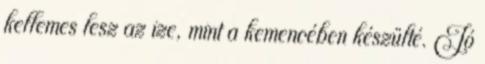
kellemes lesz az ize, mint a kemencében készülté. Jó